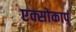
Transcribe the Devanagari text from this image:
एक्सोकार्प्